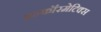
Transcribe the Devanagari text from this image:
इन्‍फॉरमेटिक्‍स